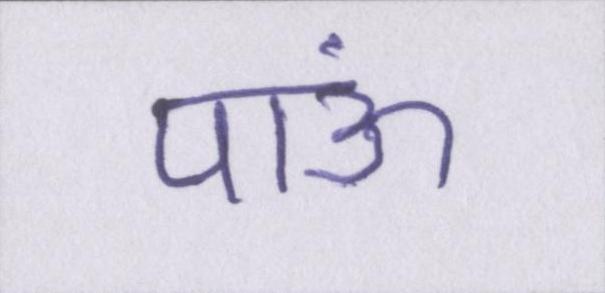
पाऊं